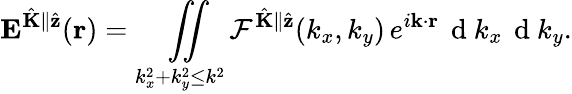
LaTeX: \mathbf{E}^{\hat{\mathbf{K}}\parallel\hat{\mathbf{z}}}(\mathbf{r})=\underset{k_{x}^{2}+k_{y}^{2}\leq k^{2}}{\iint}\mathcal{F}^{\hat{\mathbf{K}}\parallel\hat{\mathbf{z}}}(k_{x},k_{y})\, e^{i\mathbf{k}\cdot\mathbf{r}}\, \mathrm{~d~}k_{x}\, \mathrm{~d~}k_{y}.